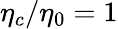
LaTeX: \eta_{c}/\eta_{0}=1